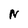
Character: N